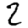
Digit: 2